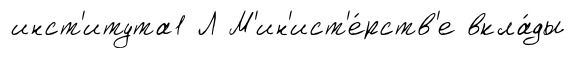
инст'итута1 Л М'ин'ист'е́рств'е вкла́ды